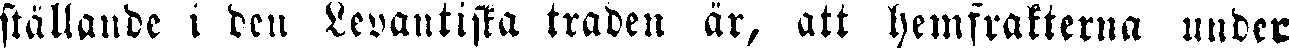
ställande i den Levantiska traden är, att hemfrakterna under